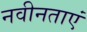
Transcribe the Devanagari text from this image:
नवीनताएं